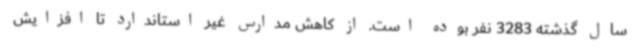
سال گذشته 3283 نفر بوده است. از کاهش مدارس غیر استاندارد تا افزایش